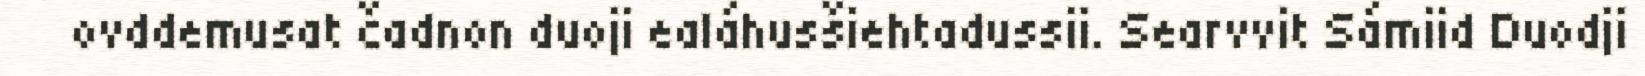
ovddemusat čadnon duoji ealáhusšiehtadussii. Searvvit Sámiid Duodji